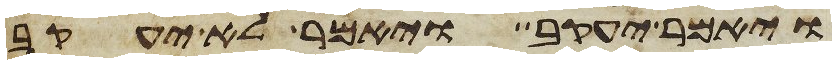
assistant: ויאמר יעקב ויאמר לא יעקב